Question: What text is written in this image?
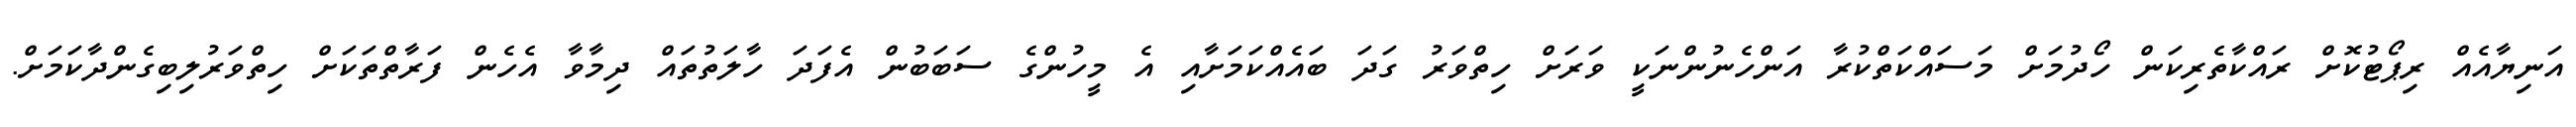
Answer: އަނިޔާއެއް ރިޕޯޓުކޮށް ރައްކާތެރިކަން ހޯދުމަށް މަސައްކަތްކުރާ އަންހެނުންނަކީ ވަރަށް ހިތްވަރު ގަދަ ބައެއްކަމަށާއި އެ މީހުންގެ ސަބަބުން އެފަދަ ހާލަތުތައް ދިމާވާ އެހެން ފަރާތްތަކަށް ހިތްވަރުލިބިގެންދާކަމަށް.